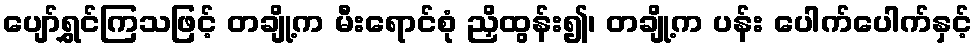
ပျော်ရွှင်ကြသဖြင့် တချို့က မီးရောင်စုံ ညှိထွန်း၍၊ တချို့က ပန်း ပေါက်ပေါက်နှင့်